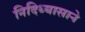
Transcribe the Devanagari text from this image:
निदिध्यासाने